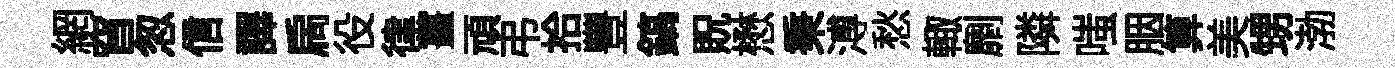
網窅怱信譯扄役律薑頑弔拾豐鎬貺懋秉溥愁輙劘隣嗤胭算美甥渤